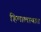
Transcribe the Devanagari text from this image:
हिमालायात